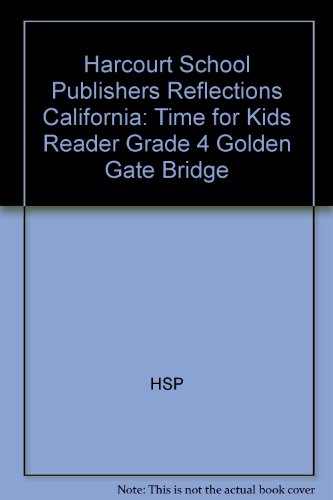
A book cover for Harcourt School Publishers Reflections California: Time for Kids Reader Grade 4 Golden Gate Bridge; HARCOURT SCHOOL PUBLISHERS; Sports & Outdoors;